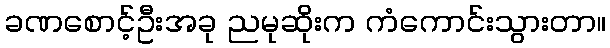
ခဏစောင့်ဦးအခု ညမုဆိုးက ကံကောင်းသွားတာ။